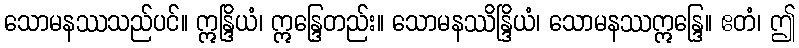
သောမနဿသည်ပင်။ ဣန္ဒြိယံ၊ ဣန္ဒြေတည်း။ သောမနဿိန္ဒြိယံ၊ သောမနဿဣန္ဒြေ။ ဧတံ၊ ဤ